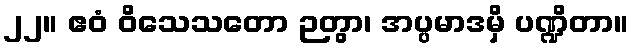
၂၂။ ဧဝံ ဝိသေသတော ဉတွာ၊ အပ္ပမာဒမှိ ပဏ္ဍိတာ။